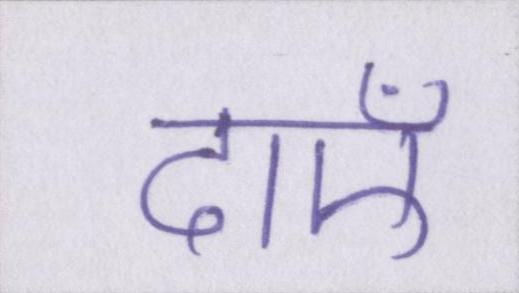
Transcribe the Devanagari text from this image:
दाएँ